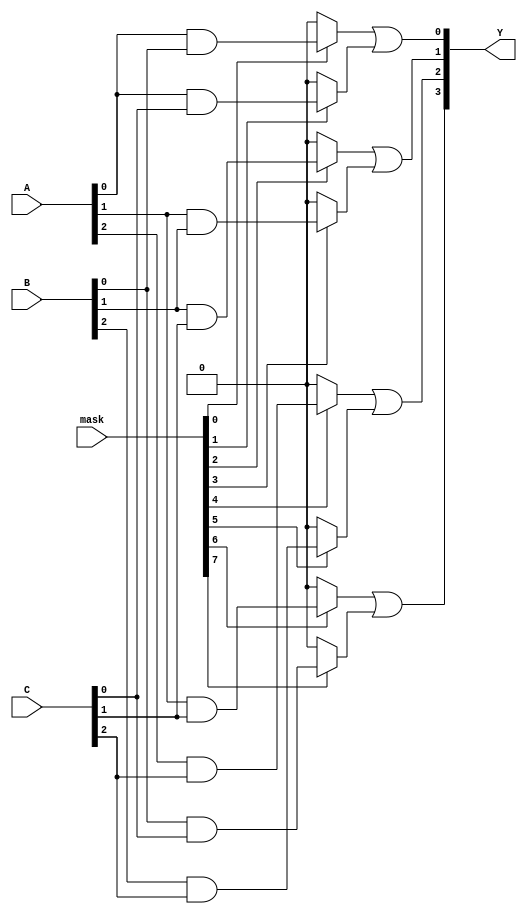
module masked_pal (
    input wire [2:0] A,      // Input signals (e.g., A[2:0] for 3 inputs)
    input wire [2:0] B,      // Additional input signals (e.g., B[2:0])
    input wire [2:0] C,      // Additional input signals (e.g., C[2:0])
    input wire [7:0] mask,   // Masking signals for AND gates
    output wire [3:0] Y      // Output signals (e.g., Y[3:0] for 4 outputs)
);

    // Programmable AND gates
    wire [7:0] and_out; // Outputs of the AND gates

    // AND gate implementations with masking
    assign and_out[0] = (mask[0]) ? (A[0] & B[0]) : 1'b0;
    assign and_out[1] = (mask[1]) ? (A[0] & C[0]) : 1'b0;
    assign and_out[2] = (mask[2]) ? (B[1] & C[1]) : 1'b0;
    assign and_out[3] = (mask[3]) ? (A[1] & B[1]) : 1'b0;
    assign and_out[4] = (mask[4]) ? (A[2] & C[2]) : 1'b0;
    assign and_out[5] = (mask[5]) ? (B[2] & C[2]) : 1'b0;
    assign and_out[6] = (mask[6]) ? (A[1] & C[1]) : 1'b0;
    assign and_out[7] = (mask[7]) ? (B[0] & C[0]) : 1'b0;

    // Fixed OR gates
    assign Y[0] = and_out[0] | and_out[1]; // OR gate 1
    assign Y[1] = and_out[2] | and_out[3]; // OR gate 2
    assign Y[2] = and_out[4] | and_out[5]; // OR gate 3
    assign Y[3] = and_out[6] | and_out[7]; // OR gate 4

endmodule